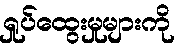
ရှုပ်ထွေးမှုများကို